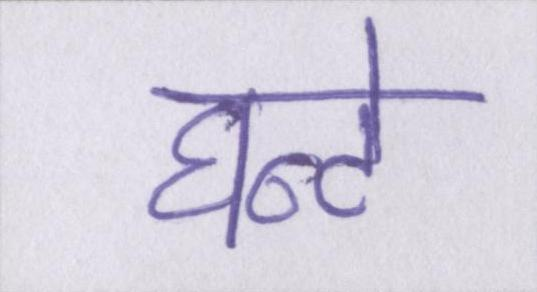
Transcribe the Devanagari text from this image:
घन्टे